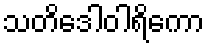
သတိဒေါဝါရိကော